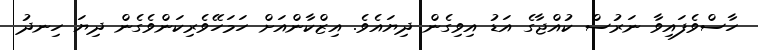
ހާސްވެފައިވާ ނަރުސް ކުއްޖާގެ އަޑު އިވިގެން ދިޔައެވެ. އިޒްކާންއަށް ހަމަހޭވެރިކަންވެގެން ދިޔަ ހިނދު